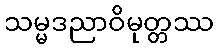
သမ္မဒညာဝိမုတ္တဿ